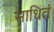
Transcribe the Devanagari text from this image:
साधितं